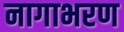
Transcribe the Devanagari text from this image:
नागाभरण